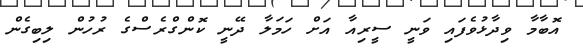
އޮބާމާ ވިދާޅުވެފައި ވަނީ ސީރިއާ އަށް ހަމަލާ ދޭނީ ކޮންގްރެސްގެ ރުހުން ލިބިގެން